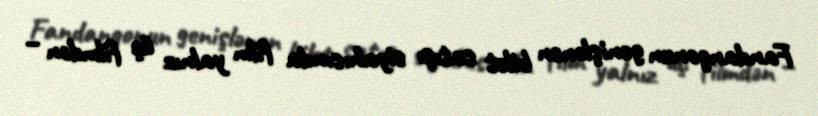
Fandangonun genişlənən bilet satışı siyahısında film yalnız üç filmdən –